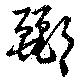
酈